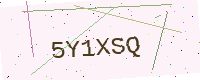
Text: 5Y1XSQ